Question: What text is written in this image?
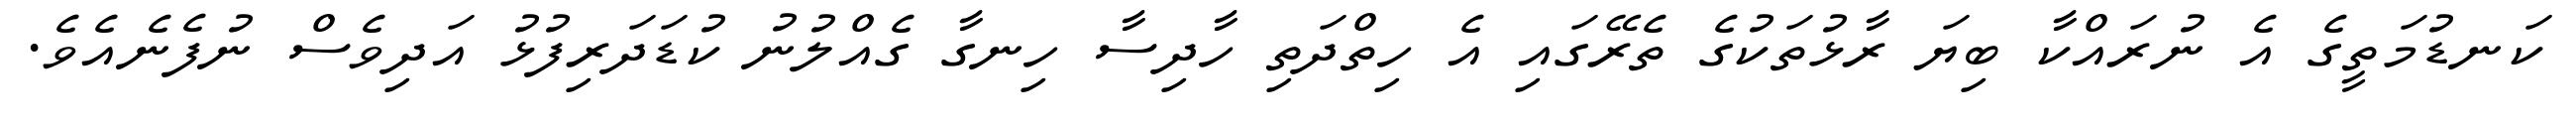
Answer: ކަނޑުމަތީގެ އެ ނުރައްކާ ބިޔަ ރާޅުތަކުގެ ތެރޭގައި އެ ހިތްދަތި ހާދިސާ ހިނގާ ގެއްލުނު ކުޑަދަރިފުޅު އަދިވެސް ނުފެނެއެވެ.